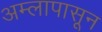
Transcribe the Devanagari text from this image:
अम्लापासून